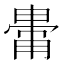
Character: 𤲥